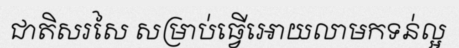
ជាតិសរសៃ សម្រាប់ធ្វើអោយលាមកទន់ល្អ